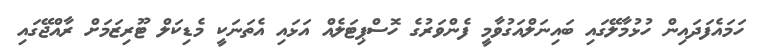
ހަމައެފަދައިން ހުޅުމާލޭގައި ބައިނަލްއަގުވާމީ ފެންވަރުގެ ހޮސްޕިޓަލެއް އަޅައި އެތަނަކީ މެޑިކަލް ޓޫރިޒަމަށް ރާއްޖޭގައި